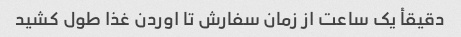
دقیقأ یک ساعت از زمان سفارش تا اوردن غذا طول کشید